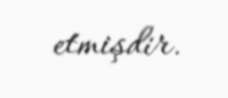
etmişdir.